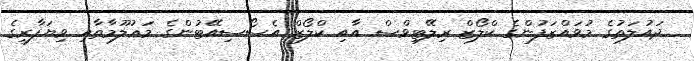
ދައުލަތުގެ މުވައްޒަފުންގެ ކްލޯޒް ރިލޭޓިވްސް އާއި ކްލޯޒް އެސޯސިއޭޓުންގެ މަޢުލޫމާތާއި ވިޔަފާރީގެ